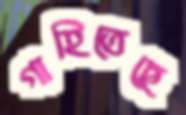
গাহিতেছে